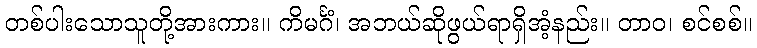
တစ်ပါးသောသူတို့အားကား။ ကိမင်္ဂံ၊ အဘယ်ဆိုဖွယ်ရာရှိအံ့နည်း။ တာဝ၊ စင်စစ်။